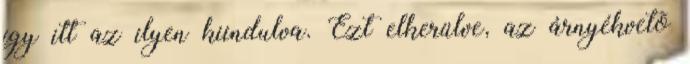
így itt az ilyen kiindulva. Ezt elkerülve, az árnyékvetõ